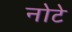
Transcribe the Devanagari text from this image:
नोटे